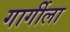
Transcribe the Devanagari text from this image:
गार्गीला